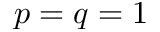
p = q = 1